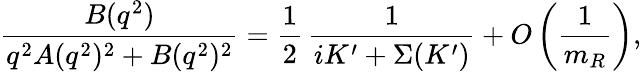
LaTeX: \frac{B(q^{2})}{q^{2}A(q^{2})^{2}+B(q^{2})^{2}}=\frac{1}{2}\, \frac{1}{iK^{\prime}+\Sigma(K^{\prime})}+O\left(\frac{1}{m_{R}}\right),